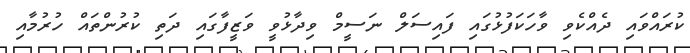
ކުރައްވައި ދެއްކެވި ވާހަކަފުޅުގައި ފައިސަލް ނަސީމް ވިދާޅުވީ ވަޒީފާގައި ދަތި ކުރުންތައް ހުރުމާއި